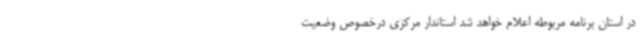
در استان برنامه مربوطه اعلام خواهد شد استاندار مرکزی درخصوص وضعیت